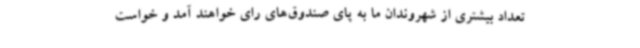
تعداد بیشتری از شهروندان ما به پای صندوق‌های رای خواهند آمد و خواست